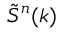
\tilde { S } ^ { n } ( k )